Plague in India, 1896, 1897 - Volume 2
Year: 1896
Disease focus: Plague
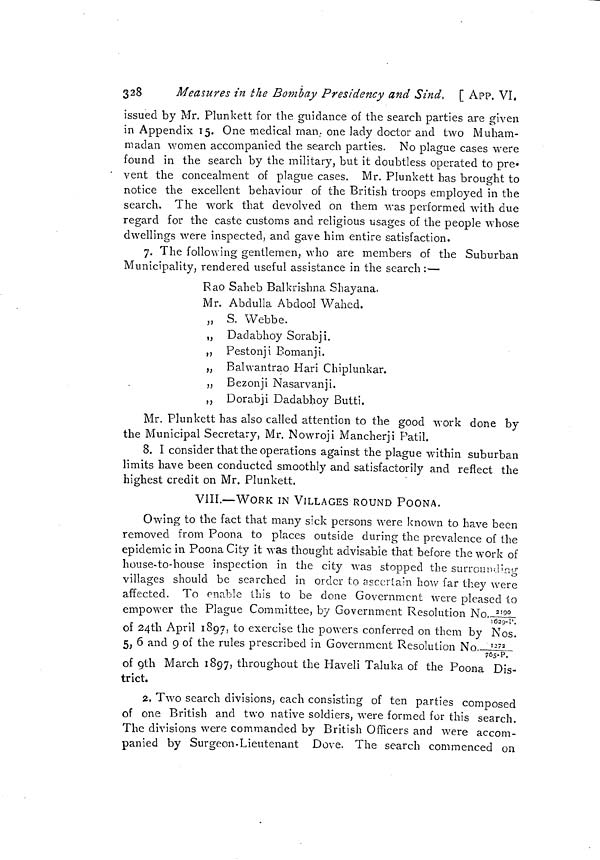
328
Measures in the Bombay Presidency and Sind, [ APP. VI.
issued by Mr. Plunkett for the guidance of the search parties are given
in Appendix 15. One medical man, one lady doctor and two Muham-
madan women accompanied the search parties. No plague cases were
found in the search by the military, but it doubtless operated to pre-
' vent the concealment of plague cases. Mr. Plunkett has brought to
notice the excellent behaviour of the British troops employed in the
search. The work that devolved on them was performed with due
regard for the caste customs and religious usages of the people whose
dwellings were inspected, and gave him entire satisfaction.
7. The following gentlemen, who are members of the Suburban
Municipality, rendered useful assistance in the search:—
Rao Saheb Balkrishna Shayana.
Mr. Abdulla Abdool Wahed.
„ S. Webbe.
„ Dadabhoy Sorabji.
,, Pestonji Bomanji.
„ Balwantrao Hari Chiplunkar.
,, Bezonji Nasarvanji.
,, Dorabji Dadabhoy Butti.
Mr. Plunkett has also called attention to the good work done by
the Municipal Secretary, Mr. Nowroji Mancherji Patil.
8. I consider that the operations against the plague within suburban
limits have been conducted smoothly and satisfactorily and reflect the
highest credit on Mr. Plunkett.
VIII.—WORK IN VILLAGES ROUND POONA.
Owing to the fact that many sick persons were known to have been
removed from Poona to places outside during the prevalence of the
epidemic in Poona City it was thought advisable that before the work of
house-to-house inspection in the city was stopped the surrounding
villages should be searched in order to ascertain how far they were
affected. To enable this to be done Government were pleased to
empower the Plague Committee, by Government Resolution No.2190-1629-I.
of 24th April 1897, to exercise the powers conferred on them by Nos.
5, 6 and g of the rules prescribed in Government Resolution No. I272/765-P. _.
of 9th March 1897, throughout the Haveli Taluka of the Poona Dis-
trict.
2. Two search divisions, each consisting of ten parties composed
of one British and two native soldiers, were formed for this search.
The divisions were commanded by British Officers and were accom-
panied by Surgeon-Lieutenant Dove. The search commenced on